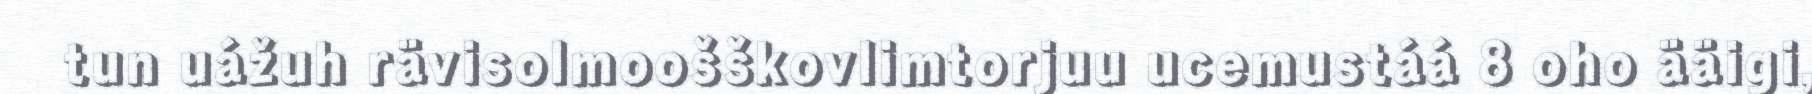
tun uážuh rävisolmoošškovlimtorjuu ucemustáá 8 oho ääigi,